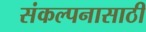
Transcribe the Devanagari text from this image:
संकल्पनासाठी